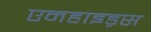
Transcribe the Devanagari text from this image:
एनहाइड्रस